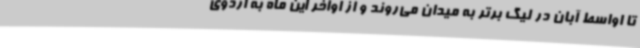
تا اواسط آبان در لیگ برتر به میدان می‌روند و از اواخر این ماه به اردوی